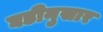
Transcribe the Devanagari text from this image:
घडीनुसार